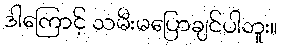
ဒါကြောင့် သမီးမပြောချင်ပါဘူး။